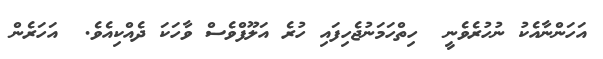
އަހަންނާއެކު ނުހުރެވެނީ  ހިތްހަމަނުޖެހިފައި ހުރެ އަލޫފްވެސް ވާހަކަ ދެއްކިއެވެ.  އަހަރެން